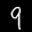
Label: 9